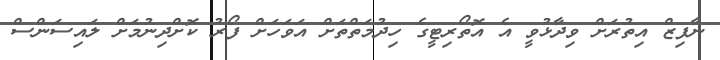
ނާފިޒް އިތުރަށް ވިދާޅުވީ އެ އޮތޯރިޓީގެ ހިދުމަތްތަށް އަވަހަށް ފޯރު ކޮށްދިނުމަށް ލައިސަންސް